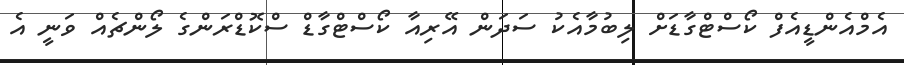
އެމްއެންޑީއެފް ކޯސްޓްގާޑަށް ލިބުމާއެކު ސަދަން އޭރިއާ ކޯސްޓްގާޑް ސްކޮޑްރަންގެ ލޯންޗެއް ވަނީ އެ